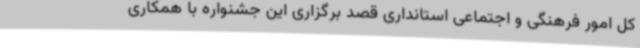
کل امور فرهنگی و اجتماعی استانداری قصد برگزاری این جشنواره‌ با همکاری